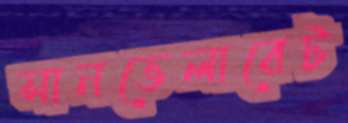
সানভেলারেট